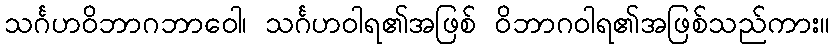
သင်္ဂဟဝိဘာဂဘာဝေါ၊ သင်္ဂဟဝါရ၏အဖြစ် ဝိဘာဂဝါရ၏အဖြစ်သည်ကား။